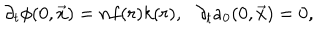
\partial _ { t } \phi ( 0 , \vec { x } ) = n f ( r ) k ( r ) , \: \: \: \partial _ { t } a _ { 0 } ( 0 , \vec { x } ) = 0 ,